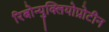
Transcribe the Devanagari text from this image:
रिबोन्युक्लियोप्रोटीन